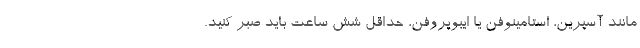
مانند آسپرین، استامینوفن یا ایبوپروفن، حداقل شش ساعت باید صبر کنید.